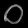
Digit: ၀